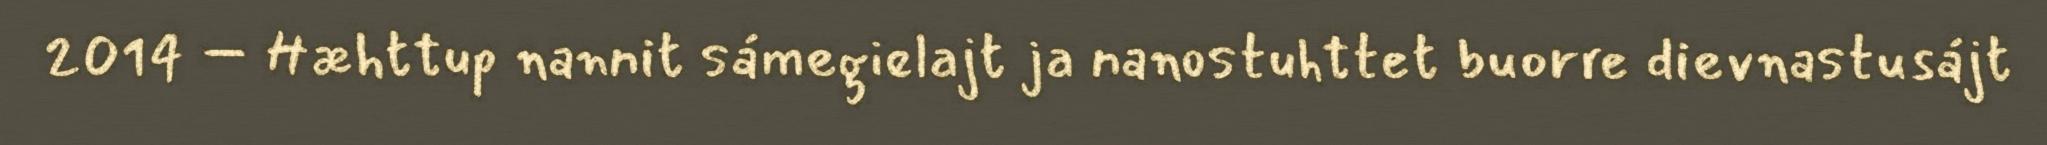
2014 – Hæhttup nannit sámegielajt ja nanostuhttet buorre dievnastusájt